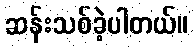
ဆန်းသစ်ခဲ့ပါတယ်။